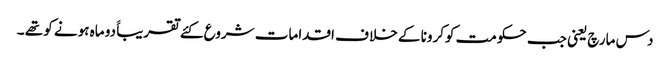
دس مارچ یعنی جب حکومت کوکرونا کے خلا ف اقدامات شروع کئے تقریباََ دو ماہ ہونے کو تھے ۔